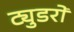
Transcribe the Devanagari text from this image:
ट्युडरों